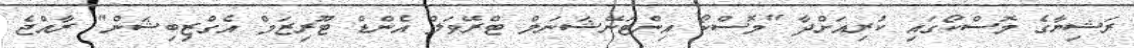
ރަޝިޔާގެ މޮސްކޯގައި ކުރިއަށްދާ "މޮސްކޯ އިންޓަނޭޝަނަލް ޓްރޭވަލް އެންޑް ޓޫރިޒަމް އެގްޒިބިޝަން" ރާއްޖެ